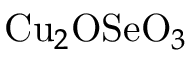
{ \mathrm { C u } } _ { 2 } { \mathrm { O S e O } } _ { 3 }